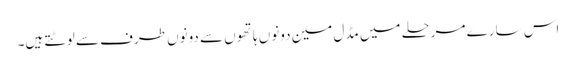
اس سارے مرحلے میں مڈل مین دونوں ہاتھوں سے دونوں طرف سے لوٹتے ہیں۔